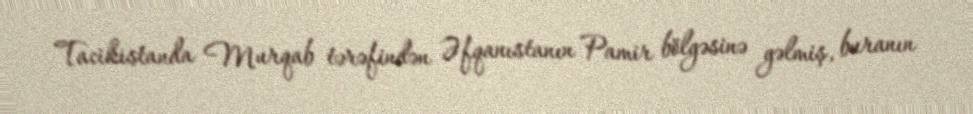
Tacikistanda Murqab tərəfindən Əfqanıstanın Pamir bölgəsinə gəlmiş, buranın